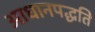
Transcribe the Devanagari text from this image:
आधानपद्धति